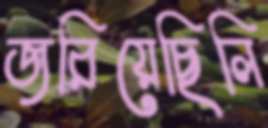
জরিয়েছিলি